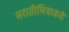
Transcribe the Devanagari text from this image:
मराठीमित्राकडे